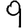
Digit: 9